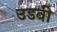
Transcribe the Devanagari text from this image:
उडवी